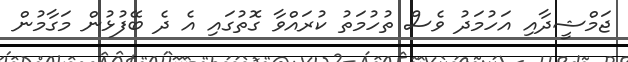
ޖަމްޝީދާއި އަހުމަދު ވެސް ތުހުމަތު ކުރައްވާ ގޮތުގައި އެ ދެ ބޭފުޅުން މަގާމުން